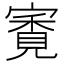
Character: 𡪳